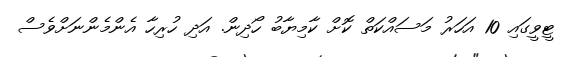
ޓީވީގައި 10 އަހަރު މަސައްކަތް ކޮށް ކާމިޔާބު ހޯދިން. އަދި ހުރިހާ އެންމެންނަށްވެސް